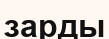
зарды